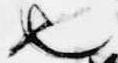
也